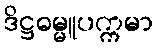
ဒိဋ္ဌဓမ္မူပက္ကမာ